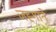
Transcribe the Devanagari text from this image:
जह्गाने